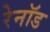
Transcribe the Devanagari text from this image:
रेनॉड